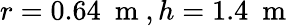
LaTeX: r=0.64~\mathrm{~m~},h=1.4~\mathrm{~m~}